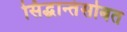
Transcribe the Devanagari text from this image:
सिद्धान्तंसोबत